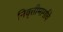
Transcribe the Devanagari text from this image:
निवृत्तीमार्गाचे